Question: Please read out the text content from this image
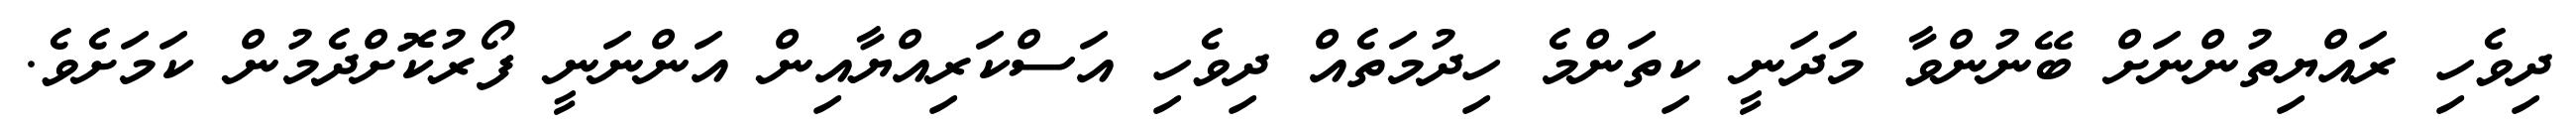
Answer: ދިވެހި ރައްޔިތުންނަށް ބޭނުންވާ މަދަނީ ކިތަންމެ ހިދުމަތެއް ދިވެހި އަސްކަރިއްޔާއިން އަންނަނީ ފޯރުކޮށްދެމުން ކަމަށެވެ.